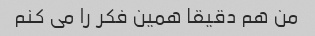
من هم دقیقا همین فکر را می کنم